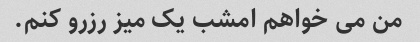
من می خواهم امشب یک میز رزرو کنم.